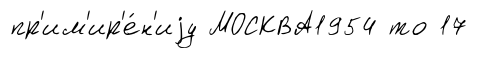
пр'им'ир'е́н'иjу МОСКВА1954 то 17